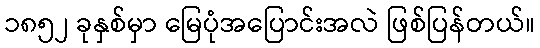
၁၈၅၂ ခုနှစ်မှာ မြေပုံအပြောင်းအလဲ ဖြစ်ပြန်တယ်။